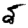
Digit: 5